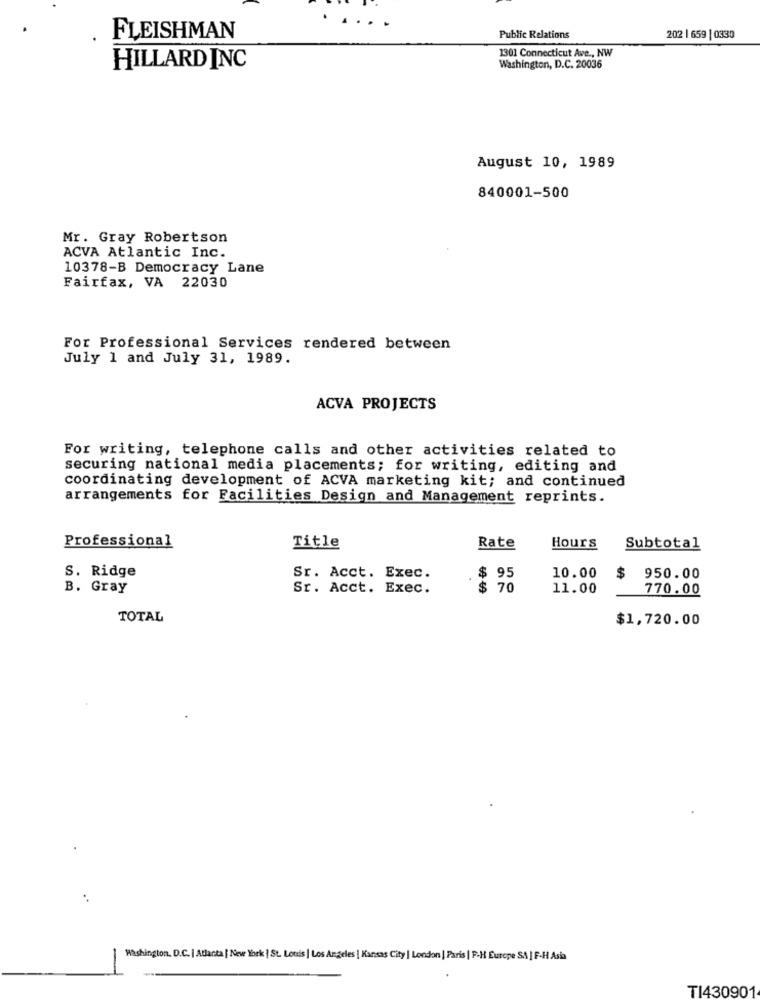
..
FLEISHMAN
Public Relations
202 | 659 | 0330
1301 Connecticut Ave ., NW
HILLARD INC
Washington, D.C. 20036
August 10, 1989
840001-500
Mr. Gray Robertson
ACVA Atlantic Inc.
10378-B Democracy Lane
Fairfax, VA 22030
For Professional Services rendered between
July 1 and July 31, 1989.
ACVA PROJECTS
For writing, telephone calls and other activities related to
securing national media placements; for writing, editing and
coordinating development of ACVA marketing kit; and continued
arrangements for Facilities Design and Management reprints.
Professional
Title
Rate
Hours
Subtotal
S. Ridge
Sr. Acct. Exec.
$ 95
10.00
$
950.00
B. Gray
Sr. Acct. Exec.
$ 70
11.00
770.00
TOTAL
$1,720.00
Washington, D.C. | Atlanta | New York | St. Louis | Los Angeles | Kansas City | London | Paris | F-H Europe SA | F-H Asia
TI430901